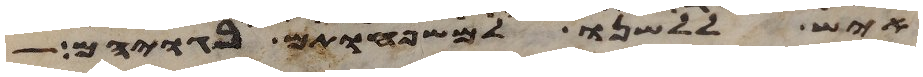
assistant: איש ללשנו למשפחותם בגויהם